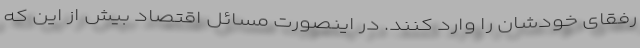
رفقای خودشان را وارد کنند. در اینصورت مسائل اقتصاد بیش از این که